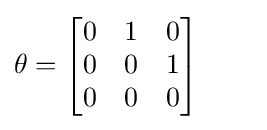
\theta ={\begin{bmatrix}0&1&0\\0&0&1\\0&0&0\end{bmatrix}}\qquad